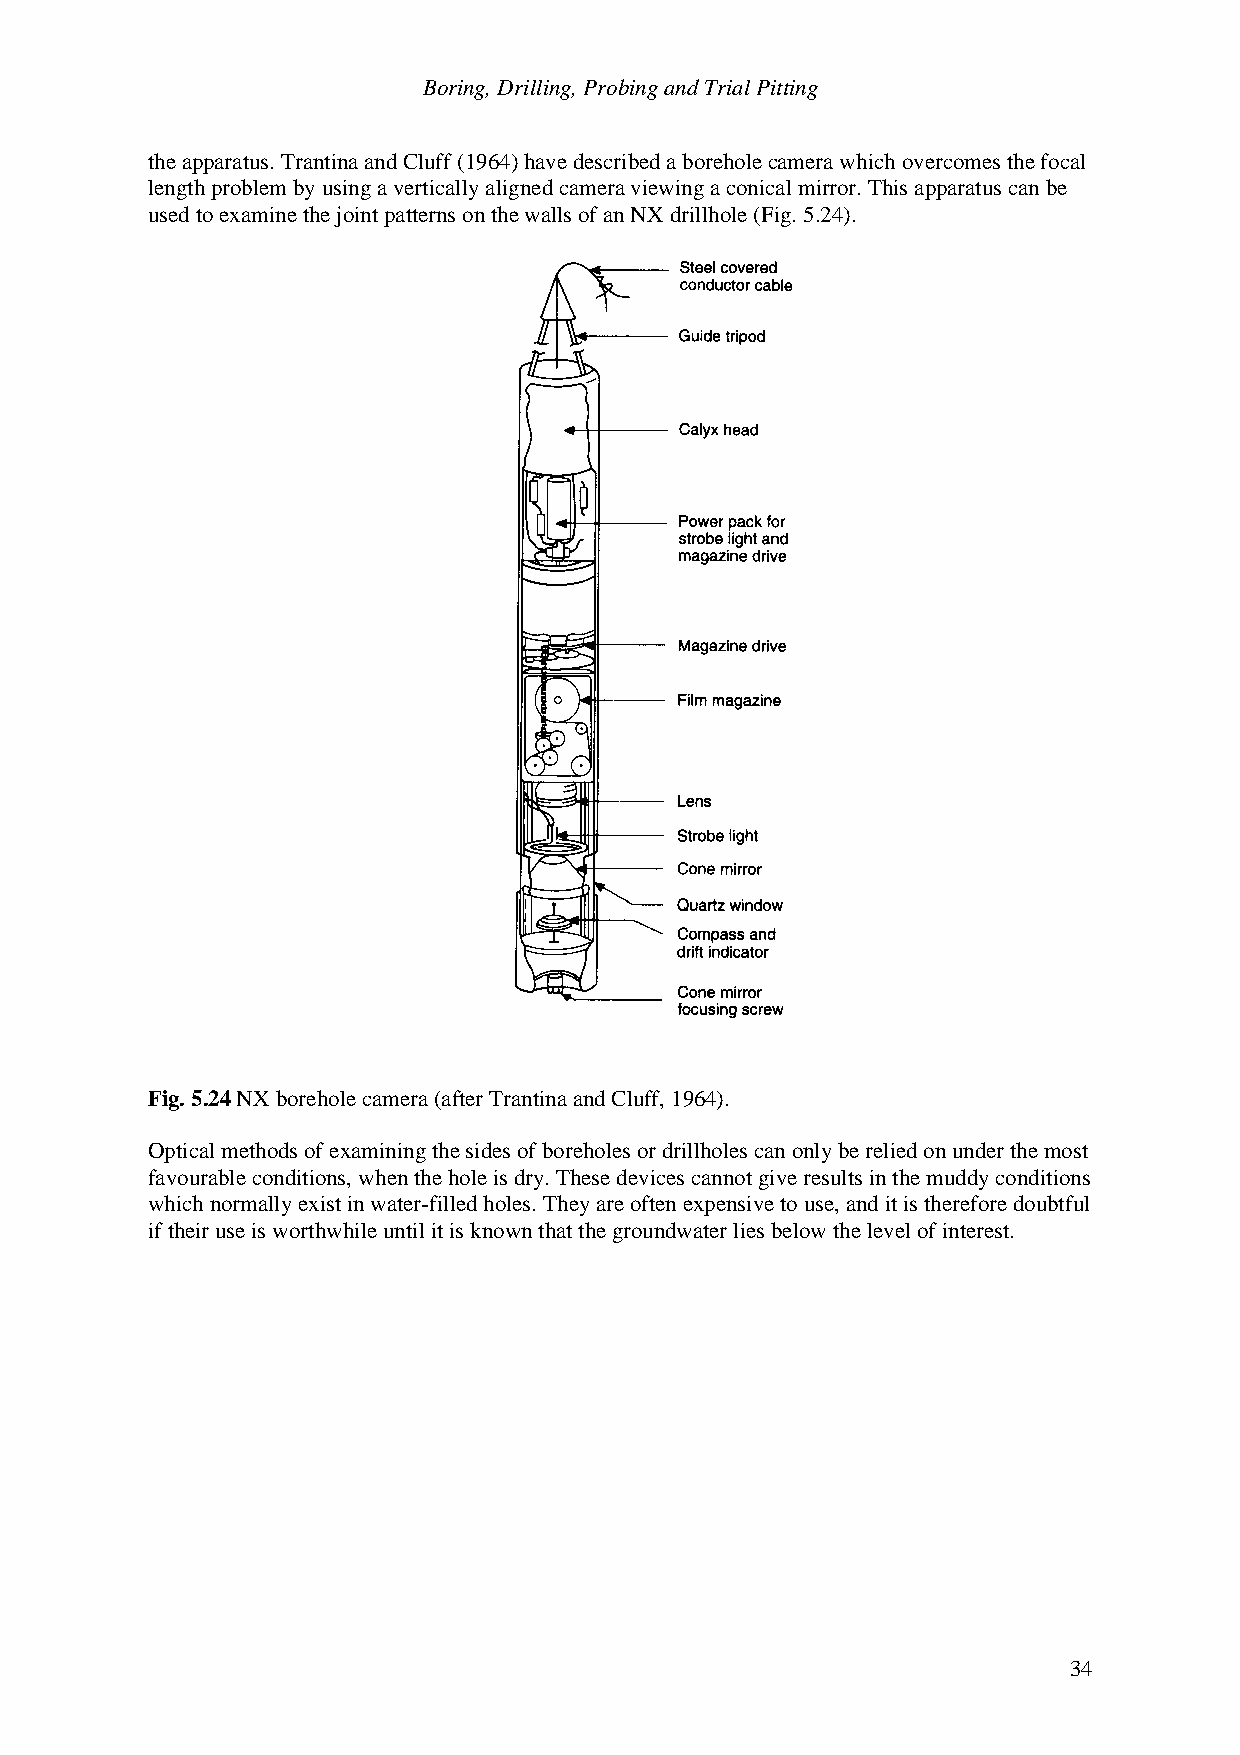
Boring, Drilling, Probing and Trial Pitting
 the apparatus. Trantina and Cluff (1964) have described a borehole camera which overcomes the focal
 length problem by using a vertically aligned camera viewing a conical mirror. This apparatus can be
 used to examine the joint patterns on the walls of an NX drillhole (Fig. 5.24).
 Fig. 5.24 NX borehole camera (after Trantina and Cluff, 1964).
 Optical methods of examining the sides of boreholes or drillholes can only be relied on under the most
 favourable conditions, when the hole is dry. These devices cannot give results in the muddy conditions
 which normally exist in water-filled holes. They are often expensive to use, and it is therefore doubtful
 if their use is worthwhile until it is known that the groundwater lies below the level of interest.
 34